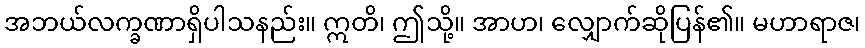
အဘယ်လက္ခဏာရှိပါသနည်း။ ဣတိ၊ ဤသို့။ အာဟ၊ လျှောက်ဆိုပြန်၏။ မဟာရာဇ၊